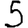
Digit: 5